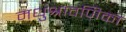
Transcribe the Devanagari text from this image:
मधुश्रावणिका